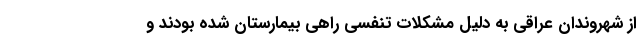
از شهروندان عراقی به دلیل مشکلات تنفسی راهی بیمارستان شده بودند و